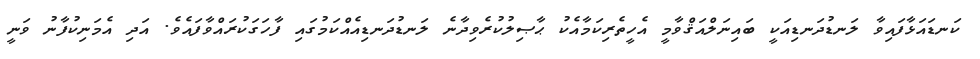
ކަނޑައަޅާފައިވާ ލަނޑުދަނޑިއަކީ ބައިނަލްއަޤްވާމީ އެހީތެރިކަމާއެކު ޙާޞިލުކުރެވިދާނެ ލަނޑުދަނޑިއެއްކަމުގައި ފާހަގަކުރައްވާފައެވެ. އަދި އެމަނިކުފާނު ވަނީ